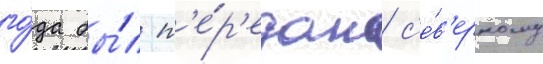
го́да бы́л п'е́р'едан с'е́в'ерному